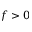
f > 0